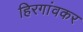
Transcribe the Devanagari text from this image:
हिरगांवकर